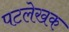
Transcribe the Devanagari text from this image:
पटलेखक